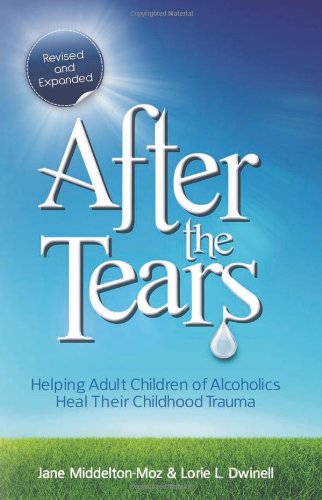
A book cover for After the Tears: Helping Adult Children of Alcoholics Heal Their Childhood Trauma; Jane Middelton-Moz; Health, Fitness & Dieting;